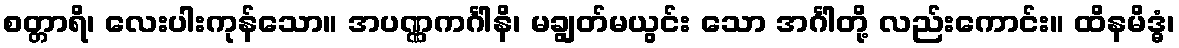
စတ္တာရိ၊ လေးပါးကုန်သော။ အပဏ္ဏကင်္ဂါနိ၊ မချွတ်မယွင်း သော အင်္ဂါတို့ လည်းကောင်း။ ထိနမိဒ္ဓံ၊